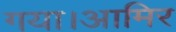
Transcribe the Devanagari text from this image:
गया।आमिर